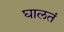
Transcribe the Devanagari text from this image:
घालतं